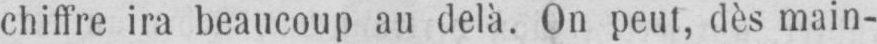
chiffre ira beaucoup au delà. On peut, dès main-